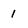
Character: 1